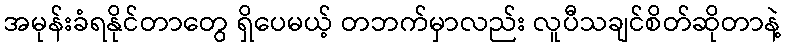
အမုန်းခံရနိုင်တာတွေ ရှိပေမယ့် တဘက်မှာလည်း လူပီသချင်စိတ်ဆိုတာနဲ့